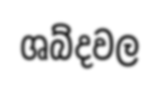
ශබ්දවල